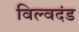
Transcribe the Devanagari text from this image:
विल्वदंड